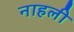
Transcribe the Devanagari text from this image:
नाहली